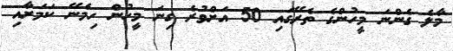
މާލެ ގެންނަ މީހުންގެ ތެރޭގައި 50 އަށްވުރެ ގިނަ މީހުން ހިމެނޭ ކަމަށާއި